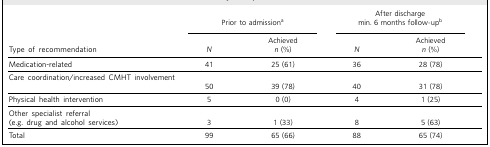
<table><thead><tr><td></td><td colspan="2"><b>Prior to admission<sup>a</sup></b></td><td colspan="2"><b>After dischargemin. 6 months follow-up<sup>b</sup></b></td></tr><tr><td><b>Type of recommendation</b></td><td><b><i>N</i></b></td><td><b>Achieved<i>n</i> (%)</b></td><td><b><i>N</i></b></td><td><b>Achieved<i>n</i> (%)</b></td></tr></thead><tbody><tr><td>Medication-related</td><td>41</td><td>25 (61)</td><td>36</td><td>28 (78)</td></tr><tr><td>Care coordination/increased CMHT involvement</td><td>50</td><td>39 (78)</td><td>40</td><td>31 (78)</td></tr><tr><td>Physical health intervention</td><td>5</td><td>0(0)</td><td>4</td><td>1 (25)</td></tr><tr><td>Other specialist referral(e.g. drug and alcohol services)</td><td>3</td><td>1 (33)</td><td>8</td><td>5(63)</td></tr><tr><td>Total</td><td>99</td><td>65 (66)</td><td>88</td><td>65 (74)</td></tr></tbody></table>